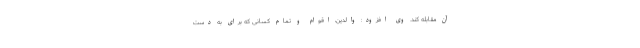
آن مقابله کند. وی افزود: والدین، اقوام و تمام کسانی که برای به دست